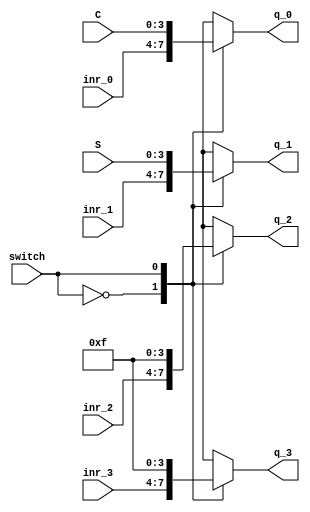
`timescale 1ns / 1ps
//////////////////////////////////////////////////////////////////////////////////
// Company: 
// Engineer: 
// 
// Design Name: 
// Module Name: mux_a
// Project Name: 
// Target Devices: 
// Tool Versions: 
// Description: 
// 
// Dependencies: 
// 
// Revision:
// Revision 0.01 - File Created
// Additional Comments:
// 
//////////////////////////////////////////////////////////////////////////////////


module mux_a(inr_3,inr_2,inr_1,inr_0,S,C,q_3,q_2,q_1,q_0,switch);
input switch;
input [3:0] inr_3,inr_2,inr_1,inr_0,S,C;
output [3:0] q_3,q_2,q_1,q_0;
reg[3:0] q_3,q_2,q_1,q_0;
always@(switch)begin
    case(switch)
    0:begin q_3<=inr_3;q_2<=inr_2;q_1<=inr_1;q_0<=inr_0; end
    1:begin q_1<=S;q_0<=C; q_2<=4'b1111;q_3<=4'b1111;end
    endcase
end
endmodule